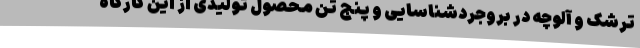
ترشک و آلوچه در بروجردشناسایی و پنج تن محصول تولیدی از این کارگاه